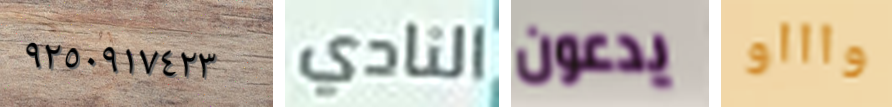
٩٢٥٠٩١٧٤٢٣ النادي يدعون واااو